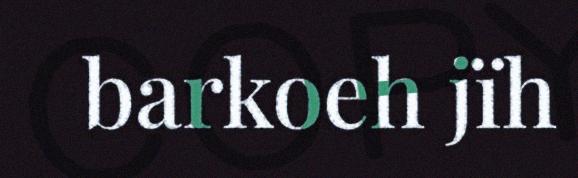
barkoeh jïh